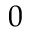
0